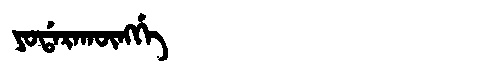
Manchu: ᠶᠣᡩᠠᡵᠠᡴᡡᠩᡤᡝ
Romanization: YODARAKŪNGGE